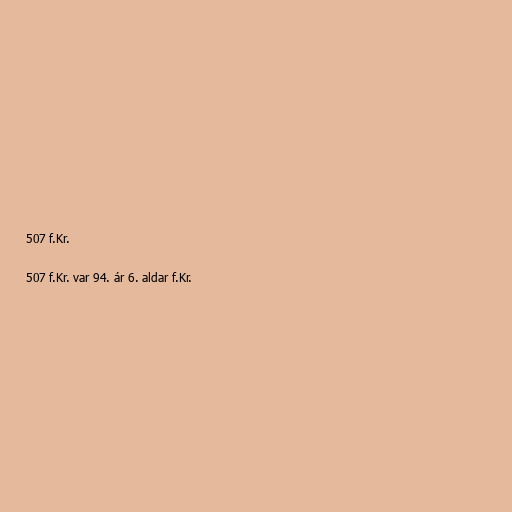
507 f.Kr.

507 f.Kr. var 94. ár 6. aldar f.Kr.